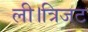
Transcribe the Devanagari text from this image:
ली।त्रिजट